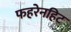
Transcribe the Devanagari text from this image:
फहरेनहिट